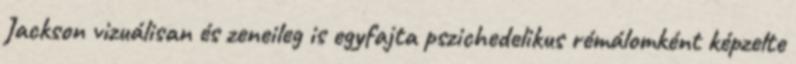
Jackson vizuálisan és zeneileg is egyfajta pszichedelikus rémálomként képzelte